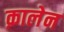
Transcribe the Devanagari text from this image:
क़ालेन